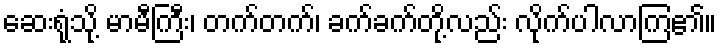
ဆေးရုံသို့ မာမီကြီး၊ တက်တက်၊ ခက်ခက်တို့လည်း လိုက်ပါလာကြ၏။